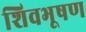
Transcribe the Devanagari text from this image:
शिवभूषण